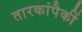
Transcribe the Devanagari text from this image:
तारकांपैकीं